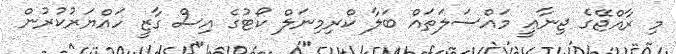
މި ރާއްޖޭގެ ޖިނާޢީ މައްސަލަތައް ބަލާ ކްރިމިނަލް ކޯޓުގެ އިސް ގާޒީ ހައްޔަރުކުރުން